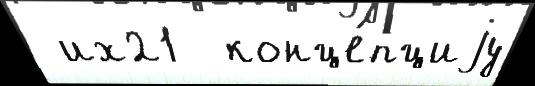
 их21  конце́пциjу